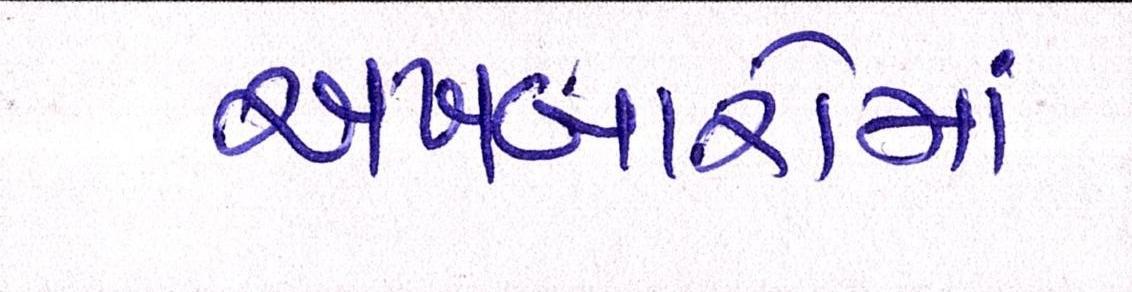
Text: અખબારોમાં